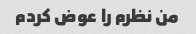
من نظرم را عوض کردم